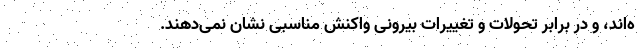
ه‌اند، و در برابر تحولات و تغییرات بیرونی واکنش مناسبی نشان نمی‌دهند.